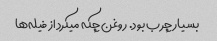
بسیار چرب بود. روغن چکه میکرد از فیله‌ها